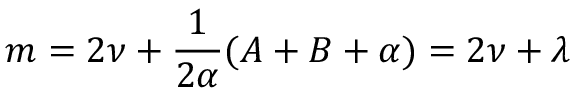
m = 2 \nu + \frac { 1 } { 2 \alpha } ( A + B + \alpha ) = 2 \nu + \lambda